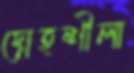
স্নেহশীলা